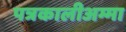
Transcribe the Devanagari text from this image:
पत्रकालीअम्मा